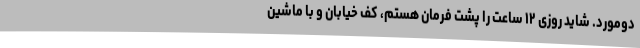
دومورد. شاید روزی ۱۲ ساعت را پشت فرمان هستم، کف خیابان و با ماشین